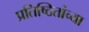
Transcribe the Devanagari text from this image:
प्रतिष्ठितांच्या